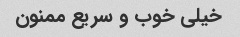
خیلی خوب و سریع ممنون